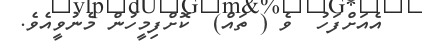
އެއަށްފަހު  ވެ ( ތައް)  ކޮށްފިމީހުން މެނުވީއެވެ.